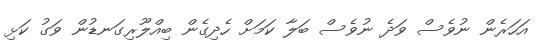
އަހަރެން ނުވެސް ވަދެ ނުވެސް ބަލާ ކަމަށް ހެދިގެން ބިއްލޫރިގަނޑުން ވަގު ކަޅި